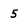
Character: 5